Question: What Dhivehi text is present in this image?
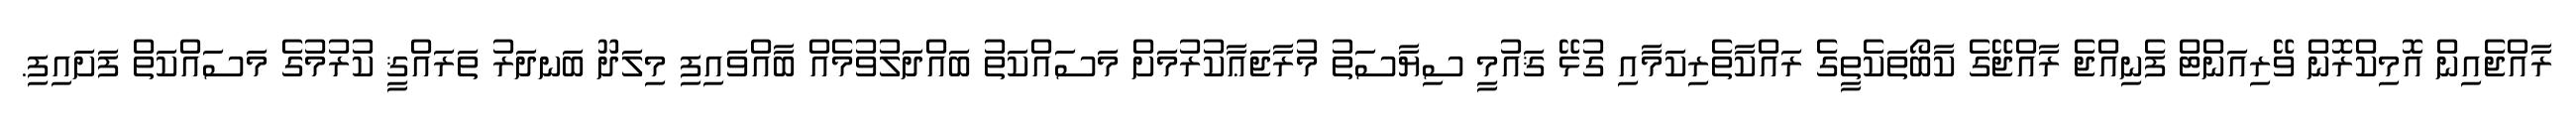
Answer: ރާއްޖެއިން އޮމިކްރޮން ވޭރިއަންޓް ފެނިއްޖެ ރާއްޖޭގެ ކާބޯތަކެތީގެ ރައްކާތެރިކަމާއި ގުޅޭ ޤައުމީ ސިޔާސަތު މުރާޖަޢާކުރުމަށް މަސައްކަތު ބައްދަލުވުމެއް ބާއްވައިފި މިލަދޫ ބަނދަރު ތަރައްޤީ ކުރުމުގެ މަސައްކަތް ފަށައިފި.